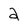
Character: 2